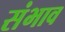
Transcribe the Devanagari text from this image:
संभाव